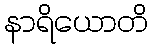
နာရိယောတိ